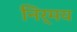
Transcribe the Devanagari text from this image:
निर्मय